Enquiry on enteric fever in India - Number 32
Disease focus: Fever
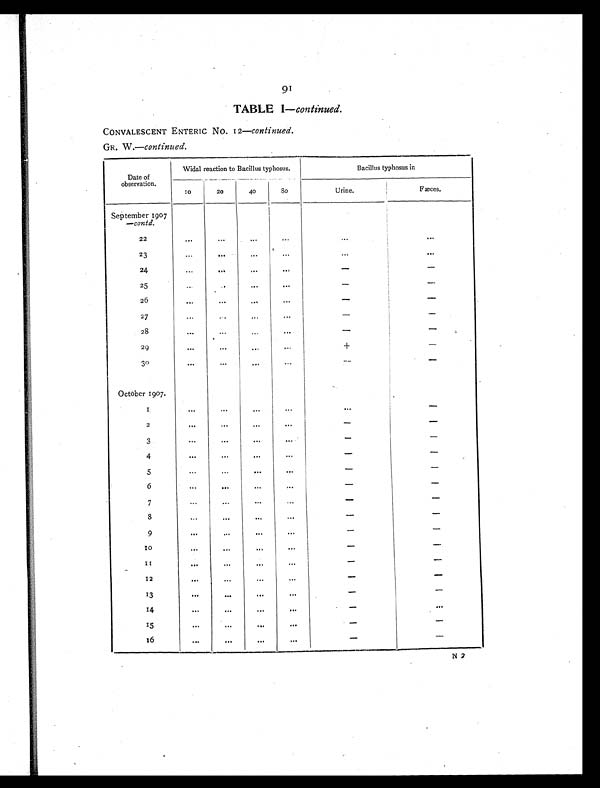
91
TABLE I— continued.
CONVALESCENT ENTERIC No. 12—continued.
GR. W.—continued.
Date of
observation.
Widal reaction to Bacillus typhosus.
Bacillus typhosus in
10
20
40
80
Urine.
Fæces.
September 1907
—contd.
22
. . . ...
...
. . .
...
. . .
2 3
...
. . . ...
...
...
. . .
2 4
...
...
...
. . .
-
-
25
.. .
. . . ...
. . .
-
-
2 6
. . . ...
. . . ...
-
-
27
...
...
...
...
-
-
28
. . .
...
...
. . .
-
-
29
...
...
...
...
+
-
30
. . . ...
...
. . .
-
-
October 1907.
1
...
. . .
. . . . . .
. . .
-
2
...
...
...
. . .
-
-
3
...
...
...
. . .
-
-
4
. . . ...
...
...
-
-
5
...
...
. . . . . .
-
-
6
...
...
...
...
-
-
7
...
...
...
...
-
-
8
...
...
...
...
-
-
9
. . . ...
...
...
-
-
1 0
. . .
. . .
. . . . . .
-
-
1 1
. . .
...
...
. . .
-
-
1 2
. . .
. . . ...
...
-
-
13
. . .
. . .
. . .
. . .
-
-
14
. . .
. . .
. . . . . .
-
-
15
. . .
. . .
. . . . . .
-
-
16
...
. . .
. . . . . .
-
-
N 2